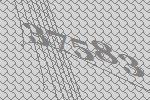
37583